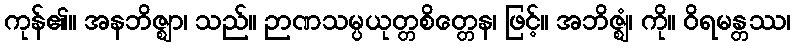
ကုန်၏။ အနဘိဇ္ဈာ၊ သည်။ ဉာဏသမ္ပယုတ္တစိတ္တေန၊ ဖြင့်။ အဘိဇ္ဈံ၊ ကို။ ဝိရမန္တဿ၊